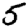
Digit: 5